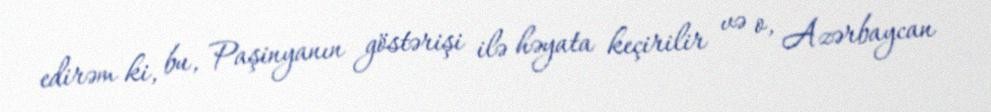
edirəm ki, bu, Paşinyanın göstərişi ilə həyata keçirilir və o, Azərbaycan